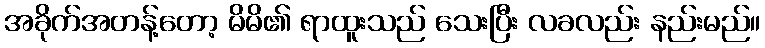
အခိုက်အတန့်တော့ မိမိ၏ ရာထူးသည် သေးပြီး လခလည်း နည်းမည်။